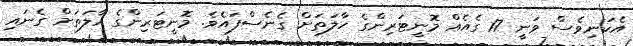
އެކަނިވެސް ވަނީ 17 ގެއެއް މޮނީޓަރިންގެ ހާލަތަށް ގެނެސްފައެވެ. މޮނީޓަރިންގެ ހާލަތަށް ގެނައި